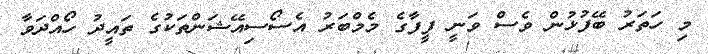
މި ހަތަރު ބޭފުޅުން ވެސް ވަނީ ފީފާގެ މެމްބަރު އެސޯސިއޭޝަންތަކުގެ ތައީދު ހޯއްދަވާ